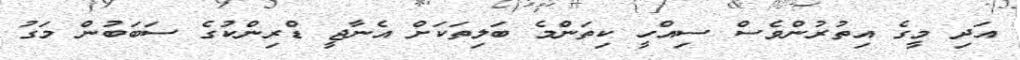
އަދި މީގެ އިތުރުންވެސް ސިއްހީ ކިތަންމެ ބަލިތަކަށް އެނާޖީ ޑްރިންކުގެ ސަބަބުން މަގު